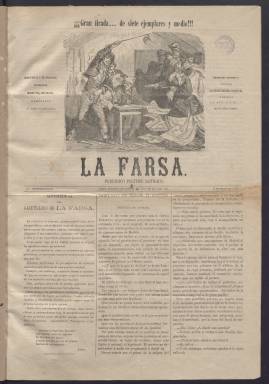
Título: La Farsa (Madrid. 1867)
Colección: Revistas satíricas y humorísticas || Periódicos
Ámbito geográfico: Madrid
Lugar de publicación: Madrid
Fechas: 08/05/1867-15/11/1867